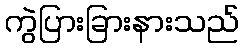
ကွဲပြားခြားနားသည်